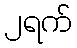
၂ရက်